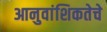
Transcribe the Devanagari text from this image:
आनुवांशिकतेचे